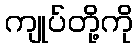
ကျုပ်တို့ကို